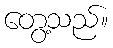
တွေ့သည်။